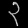
Digit: ၃